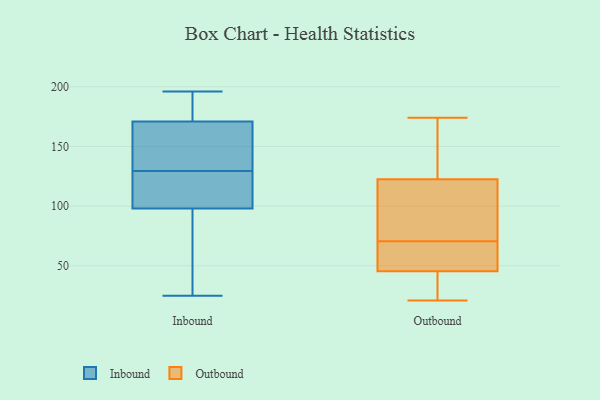
{"axis": {"x": "Production Output", "y": "Value"}, "legend": ["Inbound", "Outbound"], "data": [{"x": "", "y": 146, "type": "Inbound"}, {"x": "", "y": 121, "type": "Inbound"}, {"x": "", "y": 25, "type": "Inbound"}, {"x": "", "y": 98, "type": "Inbound"}, {"x": "", "y": 104, "type": "Inbound"}, {"x": "", "y": 188, "type": "Inbound"}, {"x": "", "y": 123, "type": "Inbound"}, {"x": "", "y": 186, "type": "Inbound"}, {"x": "", "y": 51, "type": "Inbound"}, {"x": "", "y": 131, "type": "Inbound"}, {"x": "", "y": 130, "type": "Inbound"}, {"x": "", "y": 194, "type": "Inbound"}, {"x": "", "y": 42, "type": "Inbound"}, {"x": "", "y": 196, "type": "Inbound"}, {"x": "", "y": 61, "type": "Inbound"}, {"x": "", "y": 139, "type": "Inbound"}, {"x": "", "y": 129, "type": "Inbound"}, {"x": "", "y": 171, "type": "Inbound"}, {"x": "", "y": 141, "type": "Outbound"}, {"x": "", "y": 97, "type": "Outbound"}, {"x": "", "y": 65, "type": "Outbound"}, {"x": "", "y": 146, "type": "Outbound"}, {"x": "", "y": 48, "type": "Outbound"}, {"x": "", "y": 56, "type": "Outbound"}, {"x": "", "y": 145, "type": "Outbound"}, {"x": "", "y": 21, "type": "Outbound"}, {"x": "", "y": 155, "type": "Outbound"}, {"x": "", "y": 77, "type": "Outbound"}, {"x": "", "y": 76, "type": "Outbound"}, {"x": "", "y": 41, "type": "Outbound"}, {"x": "", "y": 104, "type": "Outbound"}, {"x": "", "y": 43, "type": "Outbound"}, {"x": "", "y": 51, "type": "Outbound"}, {"x": "", "y": 37, "type": "Outbound"}, {"x": "", "y": 81, "type": "Outbound"}, {"x": "", "y": 61, "type": "Outbound"}, {"x": "", "y": 174, "type": "Outbound"}, {"x": "", "y": 36, "type": "Outbound"}]}